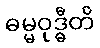
ဓမ္မဝုဒ္ဓီတိ